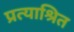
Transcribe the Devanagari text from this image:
प्रत्याश्रित